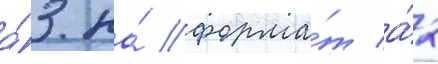
а́3 на́ форма́т а́2